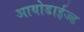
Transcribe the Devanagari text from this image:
आयोडाईज्ड